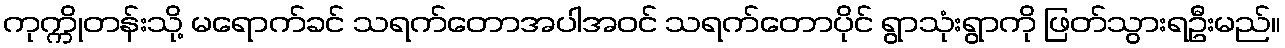
ကုက္ကိုတန်းသို့ မရောက်ခင် သရက်တောအပါအဝင် သရက်တောပိုင် ရွာသုံးရွာကို ဖြတ်သွားရဦးမည်။